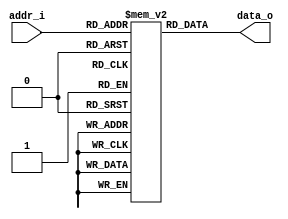
// DIY Read Only asyncronous Memory
// 4 bits addr bus
// 8 bits data bus
module memory (
    input [3:0] addr_i,
    output [7:0] data_o
);

    reg [7:0] mem [15:0];

    initial begin
        mem[0]  = 8'h41;
        mem[1]  = 8'h42;
        mem[2]  = 8'h43;
        mem[3]  = 8'h44;
        mem[4]  = 8'h45;
        mem[5]  = 8'h46;
        mem[6]  = 8'h47;
        mem[7]  = 8'h48;
        mem[8]  = 8'h49;
        mem[9]  = 8'h50;
        mem[10] = 8'h51;
        mem[11] = 8'h52;
        mem[12] = 8'h53;
        mem[13] = 8'h54;
        mem[14] = 8'h55;
        mem[15] = 8'h56;
    end

    assign data_o = mem[addr_i[3:0]];

endmodule